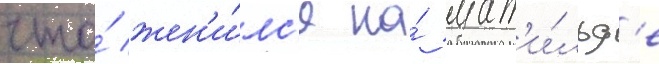
что́ жен'и́лс'я на́ мат'и́льд'е